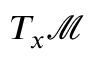
T _ { x } { \mathcal { M } }